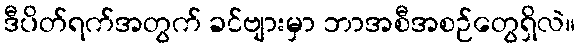
ဒီပိတ်ရက်အတွက် ခင်ဗျားမှာ ဘာအစီအစဉ်တွေရှိလဲ။